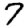
Digit: 7